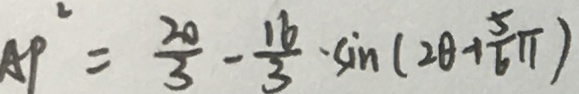
A P ^ { 2 } = \frac { 2 0 } { 3 } - \frac { 1 6 } { 3 } \cdot \sin ( 2 \theta + \frac { 5 } { 6 } \pi )